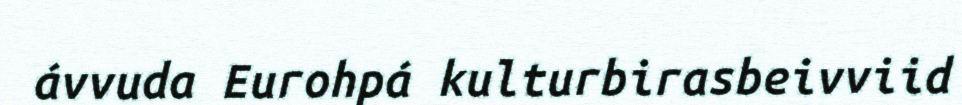
ávvuda Eurohpá kulturbirasbeivviid